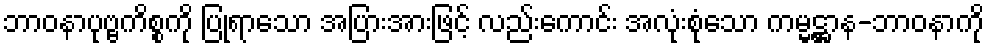
ဘာဝနာပုဗ္ဗကိစ္စကို ပြုရာသော အပြားအားဖြင့် လည်းကောင်း အလုံးစုံသော ကမ္မဋ္ဌာန-ဘာဝနာကို